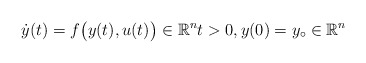
\begin{align*}\dot y(t)=f\big(y(t),u(t)\big)\in\mathbb R^n t>0,y(0)=y_\circ\in\mathbb R^n\end{align*}